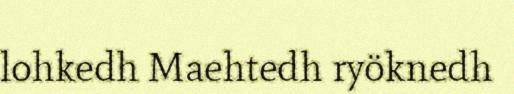
lohkedh Maehtedh ryöknedh